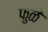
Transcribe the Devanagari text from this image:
फुळे